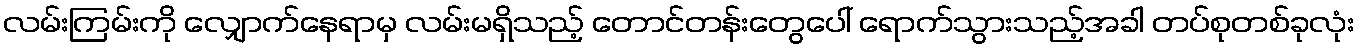
လမ်းကြမ်းကို လျှောက်နေရာမှ လမ်းမရှိသည့် တောင်တန်းတွေပေါ် ရောက်သွားသည့်အခါ တပ်စုတစ်ခုလုံး